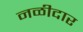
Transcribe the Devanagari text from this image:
नळीदार